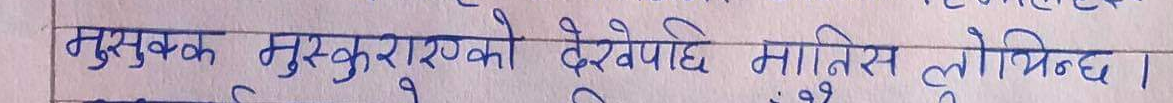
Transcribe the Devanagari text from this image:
मुसुक्क मुस्कुराएको देखे पछि मानिस लठिन्छ।